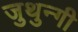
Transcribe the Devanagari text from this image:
जुथुन्गी